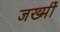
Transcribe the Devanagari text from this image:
जख्मीं